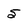
Character: 5